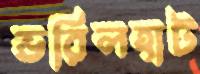
ভরিলহাট